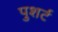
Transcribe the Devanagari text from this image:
पुशर्ट